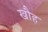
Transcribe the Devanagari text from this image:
खौह